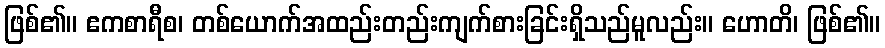
ဖြစ်၏။ ဧကစာရီစ၊ တစ်ယောက်အထည်းတည်းကျက်စားခြင်းရှိသည်မူလည်း။ ဟောတိ၊ ဖြစ်၏။